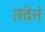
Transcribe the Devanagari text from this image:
तदेनं